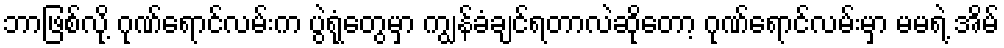
ဘာဖြစ်လို့ ဂုဏ်ရောင်လမ်းက ပွဲရုံတွေမှာ ကျွန်ခံချင်ရတာလဲဆိုတော့ ဂုဏ်ရောင်လမ်းမှာ မမရဲ့ အိမ်